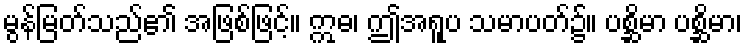
မွန်မြတ်သည်၏ အဖြစ်ဖြင့်။ ဣဓ၊ ဤအရူပ သမာပတ်၌။ ပစ္ဆိမာ ပစ္ဆိမာ၊